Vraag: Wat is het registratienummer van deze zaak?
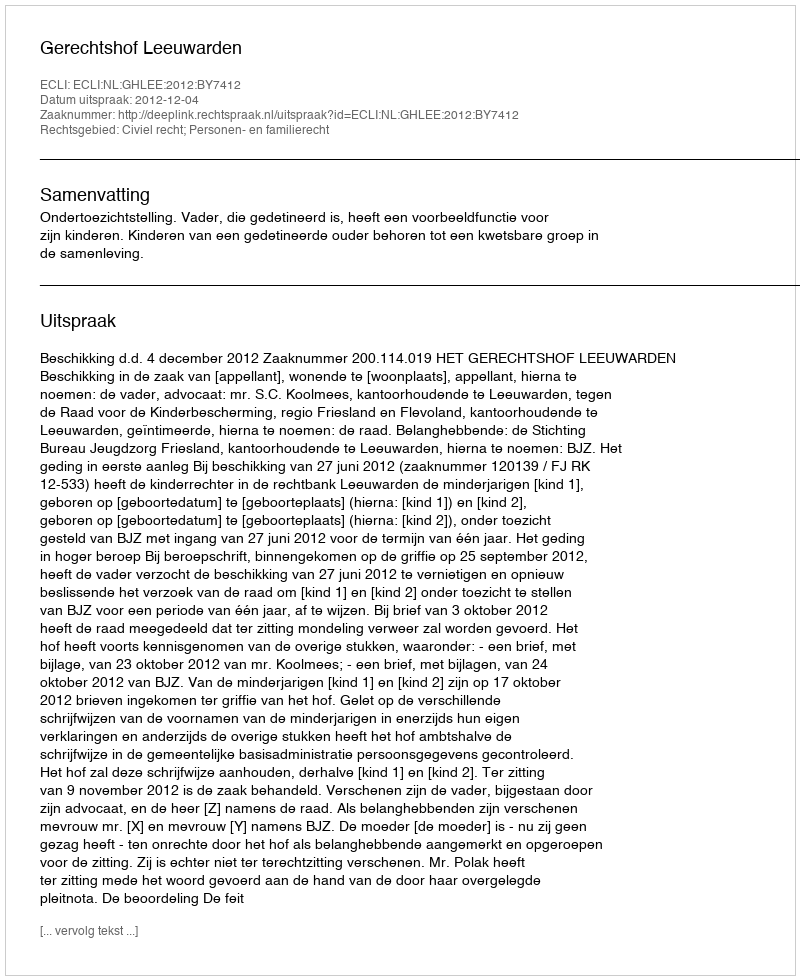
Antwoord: http://deeplink.rechtspraak.nl/uitspraak?id=ECLI:NL:GHLEE:2012:BY7412